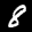
Label: 8